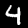
Digit: 4